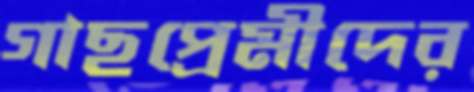
গাছপ্রেমীদের